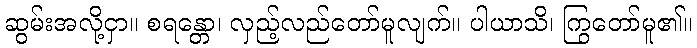
ဆွမ်းအလို့ငှာ။ စရန္တော၊ လှည့်လည်တော်မူလျက်။ ပါယာသိ၊ ကြွတော်မူ၏။